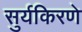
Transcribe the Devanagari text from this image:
सुर्यकिरणे